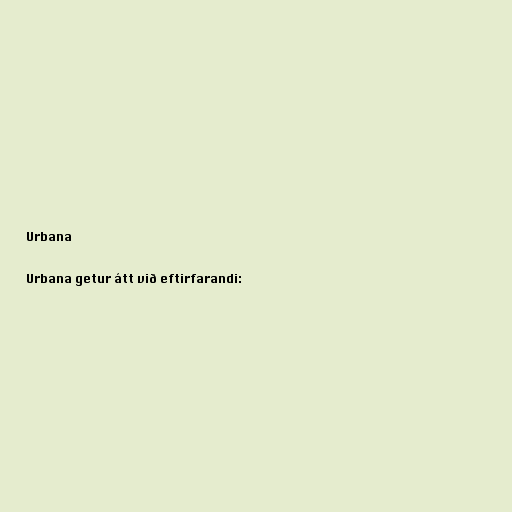
Urbana

Urbana getur átt við eftirfarandi: